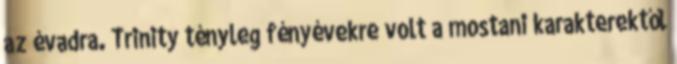
az évadra. Trinity tényleg fényévekre volt a mostani karakterektől